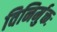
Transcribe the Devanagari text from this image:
विनिर्मुक्तः